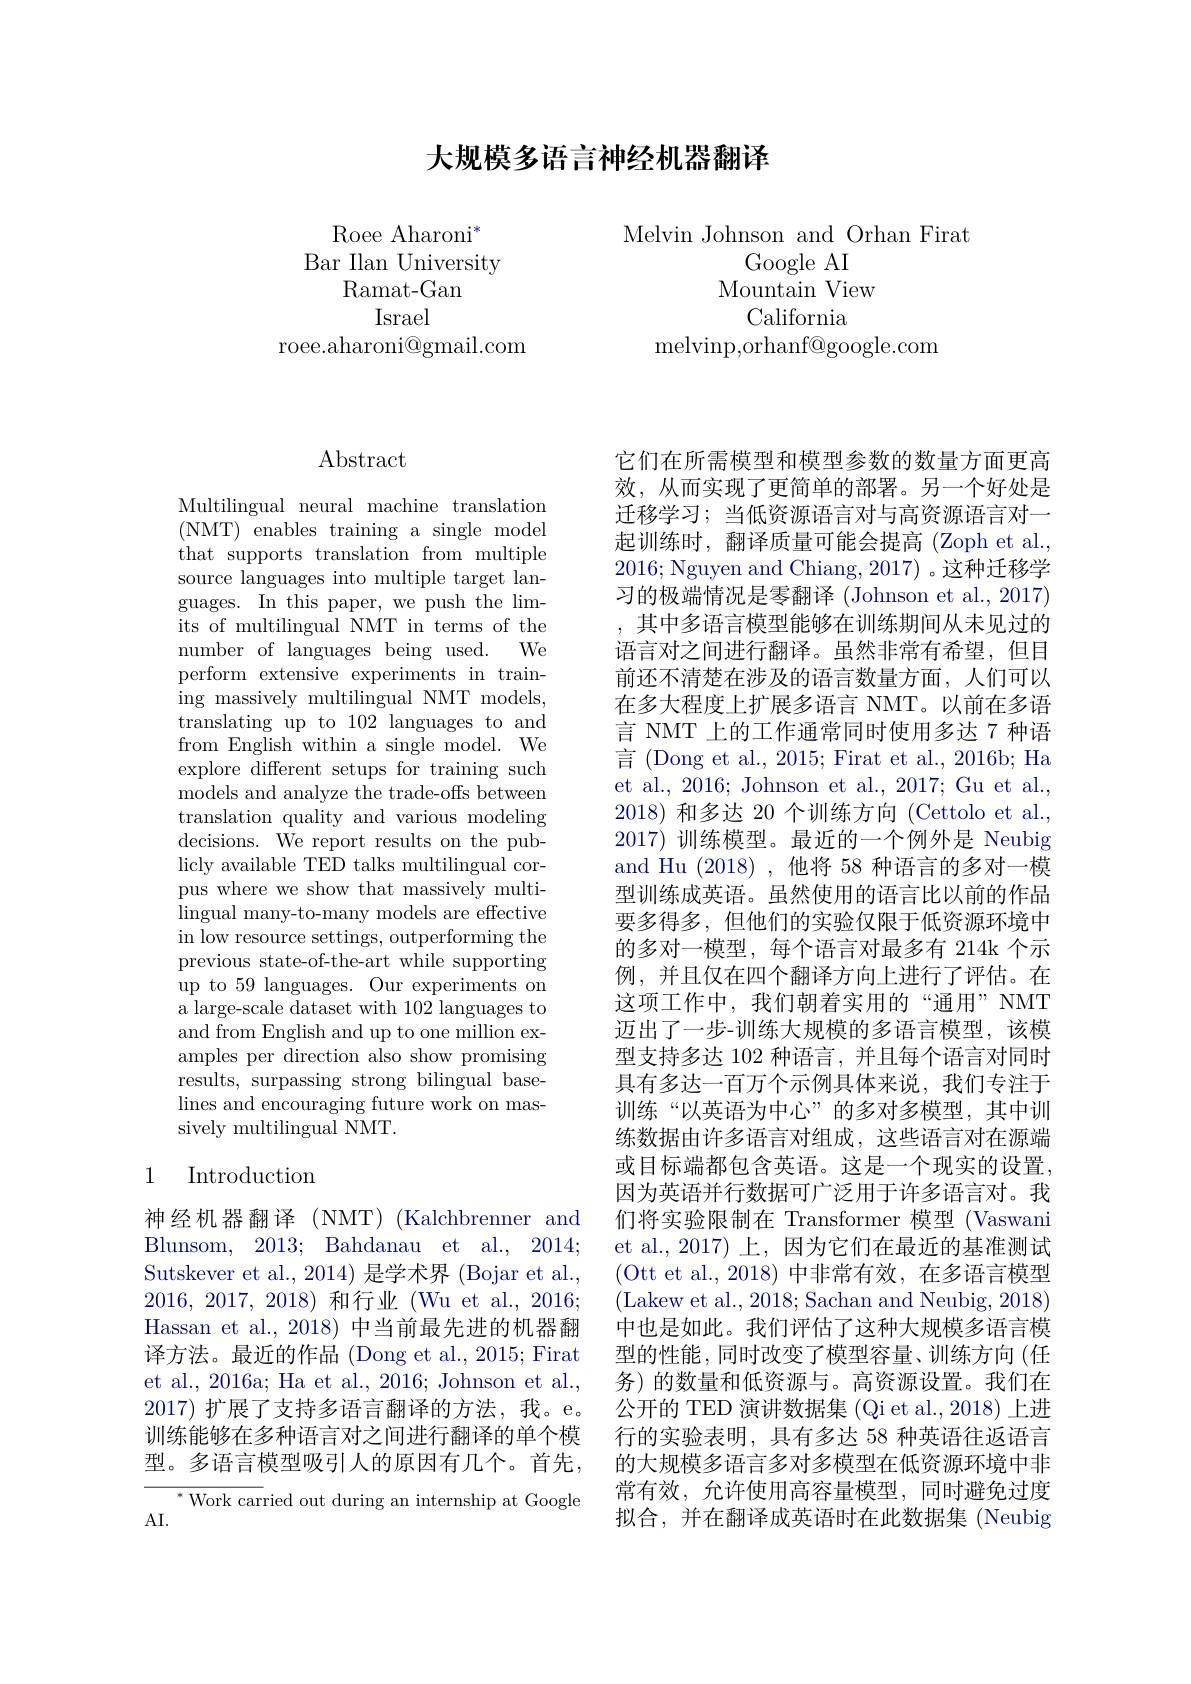
## 大规模多语言神经机器翻译

$\mathrm{Roee~Aharoni}^{*}$
Bar Ilan University
Ramat-Gan
Israel
roee.aharoni@gmail.com

Melvin Johnson and Orhan Firat
Google AI
Mountain View
California
melvinp, orhanf@ google. com

# Abstract

Multilingual neural machine translation ( NMT) enables training a single model that supports translation from multiple source languages into multiple target languages. In this paper, we push the limits of multilingual NMT in terms of the number of languages being used. We perform extensive experiments in training massively multilingual NMT models, translating up to 102 languages to and from English within a single model. We explore different setups for training such models and analyze the trade-offs between translation quality and various modeling decisions. We report results on the publicly available TED talks multilingual corpus where we show that massively multilingual many-to-many models are effective in low resource settings, outperforming the previous state-of-the-art while supporting up to 59 languages. Our experiments on a large-scale dataset with 102 languages to and from English and up to one million examples per direction also show promising results, surpassing strong bilingual baselines and encouraging future work on massively multilingual NMT.

## 1 Introduction

神经机器翻译(NMT)(Kalchbrenner and Blunsom, 2013; Bahdanau et al., 2014; Sutskever et al., 2014) 是学术界 (Bojar et al., 2016,2017,2018)和行业 (Wu et al., 2016; Hassan et al., 2018) 中当前最先进的机器翻译方法。最近的作品 (Dong et al., 2015; Firat et al., 2016a; Ha et al., 2016; Johnson et al., 2017)扩展了支持多语言翻译的方法，我。e。训练能够在多种语言对之间进行翻译的单个模型。多语言模型吸引人的原因有几个。首先，

$^{*}$Work carried out during an internship at Google
AI.

它们在所需模型和模型参数的数量方面更高效，从而实现了更简单的部署。另一个好处是迁移学习；当低资源语言对与高资源语言对一起训练时，翻译质量可能会提高 (Zoph et al., 2016; Nguyen and Chiang, 2017) 。这种迁移学习的极端情况是零翻译 (Johnson et al., 2017) ,其中多语言模型能够在训练期间从未见过的语言对之间进行翻译。虽然非常有希望，但目前还不清楚在涉及的语言数量方面，人们可以在多大程度上扩展多语言 NMT。以前在多语言 NMT 上的工作通常同时使用多达 7 种语言 (Dong et al., 2015; Firat et al., 2016b; Ha et al., 2016; Johnson et al., 2017; Gu et al., 2018)和多达 20 个训练方向 (Cettolo et al., 2017)训练模型。最近的一个例外是 Neubig and Hu (2018) ,他将 58 种语言的多对一模型训练成英语。虽然使用的语言比以前的作品要多得多，但他们的实验仅限于低资源环境中的多对一模型，每个语言对最多有 214k 个示例，并且仅在四个翻译方向上进行了评估。在这项工作中，我们朝着实用的“通用” NMT 迈出了一步-训练大规模的多语言模型，该模型支持多达 102 种语言，并且每个语言对同时具有多达一百万个示例具体来说，我们专注于训练“以英语为中心”的多对多模型，其中训练数据由许多语言对组成，这些语言对在源端或目标端都包含英语。这是一个现实的设置. 因为英语并行数据可广泛用于许多语言对。我们将实验限制在 Transformer 模型 (Vaswani et al.,2017) 上，因为它们在最近的基准测试(Ott et al.,2018)中非常有效，在多语言模型(Lakew et al., 2018; Sachan and Neubig, 2018) 中也是如此。我们评估了这种大规模多语言模型的性能，同时改变了模型容量、训练方向(任务) 的数量和低资源与。高资源设置。我们在公开的 TED 演讲数据集 (Qi et al., 2018) 上进行的实验表明，具有多达 58 种英语往返语言的大规模多语言多对多模型在低资源环境中非常有效，允许使用高容量模型，同时避免过度拟合，并在翻译成英语时在此数据集 (Neubig